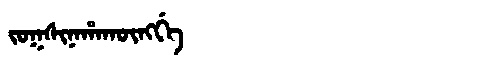
Manchu: ᠵᠣᡴᠰᡳᠨᠠᡥᠠᡴᡡᠩᡤᡝ
Romanization: JOKSINAHAKŪNGGE